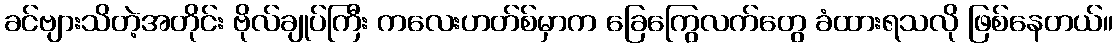
ခင်ဗျားသိတဲ့အတိုင်း ဗိုလ်ချုပ်ကြီး ကလေးဟတ်စ်မှာက ခြေကြွေလက်တွေ ခံထားရသလို ဖြစ်နေတယ်။